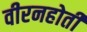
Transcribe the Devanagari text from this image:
वीरनहोती